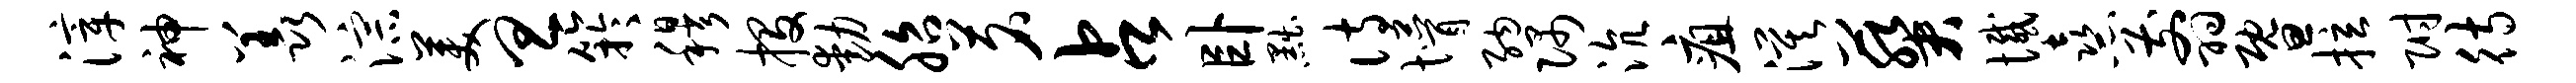
滓神羡淙美旦竽穆投动胎茗占卧黜诗懵纳隅沆疽漠葵憾熹翦暨拉附待